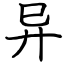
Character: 异